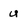
Character: U